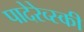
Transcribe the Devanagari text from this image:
पादेरेव्स्की